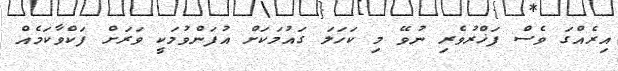
އިރެއްގަ ވެސް ފަޚްރުވެރި ނުވޭ މި ކަހަލަ ގައުމަކަށް އުފަންވުމަކީ ވަރަށް ފަކްވާކަމެއް